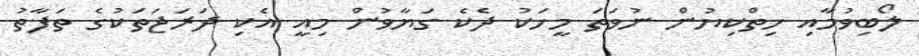
ލޯބިވުމާއި ހިތްކިޔުން ނުވަތަ މީހަކު ދެކެ ގަޔާވުން މިއީ އެކި ދަރަޖަތަކުގެ ތަފާތު